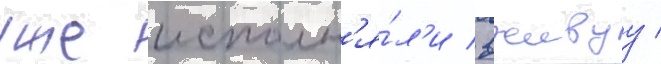
уже исполн'я́л'и вживуу /